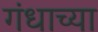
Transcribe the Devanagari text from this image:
गंधाच्या